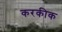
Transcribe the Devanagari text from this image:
करकीक